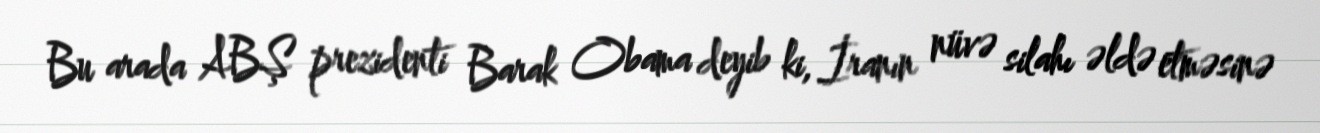
Bu arada ABŞ prezidenti Barak Obama deyib ki, İranın nüvə silahı əldə etməsinə